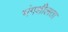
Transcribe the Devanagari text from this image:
भंगशीलता